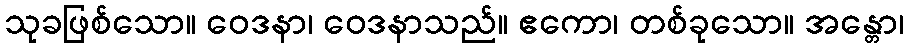
သုခဖြစ်သော။ ဝေဒနာ၊ ဝေဒနာသည်။ ဧကော၊ တစ်ခုသော။ အန္တော၊